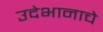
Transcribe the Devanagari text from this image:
उदेभानाचे